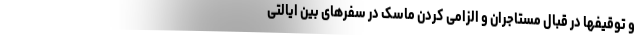
و توقیفها در قبال مستاجران و الزامی کردن ماسک در سفرهای بین ایالتی